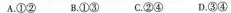
A.①②B.①③C.②④D.③④